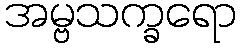
အမ္ဗသက္ခရော